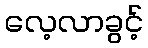
လေ့လာခွင့်